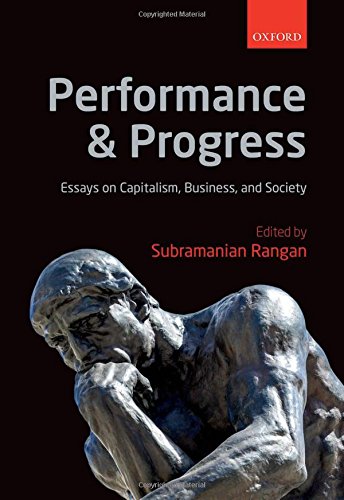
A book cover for Performance and Progress: Essays on Capitalism, Business, and Society; Business & Money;